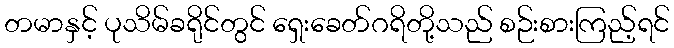
တမာနှင့် ပုသိမ်ခရိုင်တွင် ရှေးခေတ်ဂရိတို့သည် စဉ်းစားကြည့်ရင်